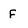
Character: F